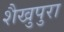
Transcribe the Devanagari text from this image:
शैखुपुरा